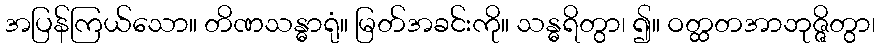
အပြန်ကြယ်သော။ တိဏသန္ဓာရုံ။ မြတ်အခင်းကို။ သန္ဓရိတွာ၊ ၍။ ဝတ္ထတအာဘုဇ္ဇိတွာ၊